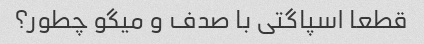
قطعا اسپاگتی با صدف و میگو چطور؟